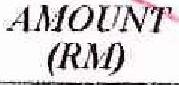
AMOUNT(RM)